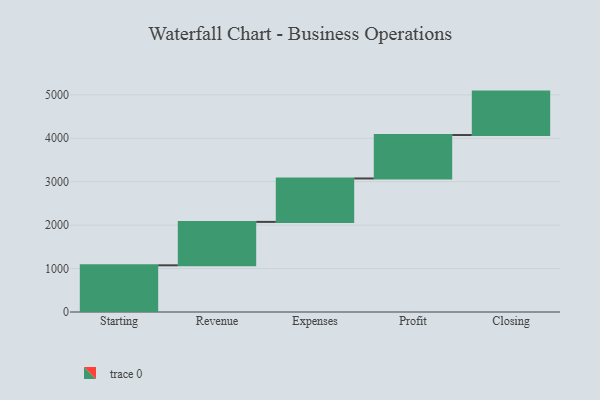
{"axis": {"x": "Step", "y": "Value"}, "legend": [""], "data": [{"x": "Starting", "y": 1075.0, "type": ""}, {"x": "Revenue", "y": 1000, "type": ""}, {"x": "Expenses", "y": 1000, "type": ""}, {"x": "Profit", "y": 1000, "type": ""}, {"x": "Closing", "y": 1000, "type": ""}]}